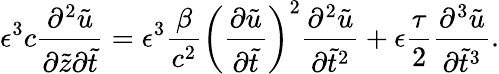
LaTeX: \epsilon^{3}c\frac{\partial^{2}\tilde{u}}{\partial\tilde{z}\partial\tilde{t}}=\epsilon^{3}\frac{\beta}{c^{2}}\left(\frac{\partial\tilde{u}}{\partial\tilde{t}}\right)^{2}\frac{\partial^{2}\tilde{u}}{\partial\tilde{t}^{2}}+\epsilon\frac{\tau}{2}\frac{\partial^{3}\tilde{u}}{\partial\tilde{t}^{3}}.